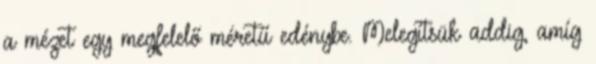
a mézet egy megfelelő méretű edénybe. Melegítsük addig, amíg